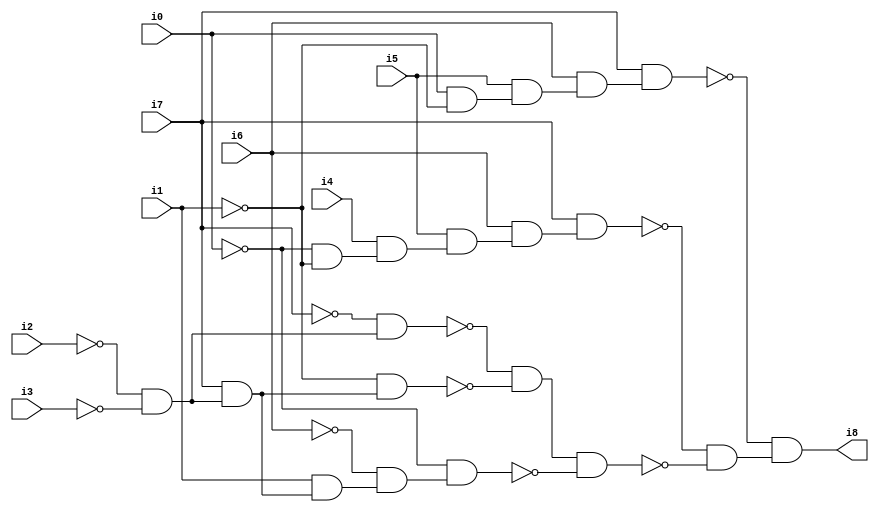
// Benchmark "SKOLEMFORMULA" written by ABC on Mon May  4 15:53:55 2020

module SKOLEMFORMULA ( 
    i0, i1, i2, i3, i4, i5, i6, i7,
    i8  );
  input  i0, i1, i2, i3, i4, i5, i6, i7;
  output i8;
  wire n10, n11, n12, n13, n14, n15, n16, n17, n18, n19, n20, n21, n22, n23,
    n24, n25, n26, n27, n28;
  assign n10 = ~i0 & ~i1;
  assign n11 = i4 & n10;
  assign n12 = i5 & n11;
  assign n13 = i6 & n12;
  assign n14 = i7 & n13;
  assign n15 = i0 & ~i1;
  assign n16 = i5 & n15;
  assign n17 = i6 & n16;
  assign n18 = i7 & n17;
  assign n19 = ~i2 & ~i3;
  assign n20 = ~i7 & n19;
  assign n21 = i7 & n19;
  assign n22 = ~i1 & n21;
  assign n23 = ~n20 & ~n22;
  assign n24 = i1 & n21;
  assign n25 = ~i6 & n24;
  assign n26 = ~i0 & n25;
  assign n27 = n23 & ~n26;
  assign n28 = ~n14 & ~n27;
  assign i8 = ~n18 & n28;
endmodule